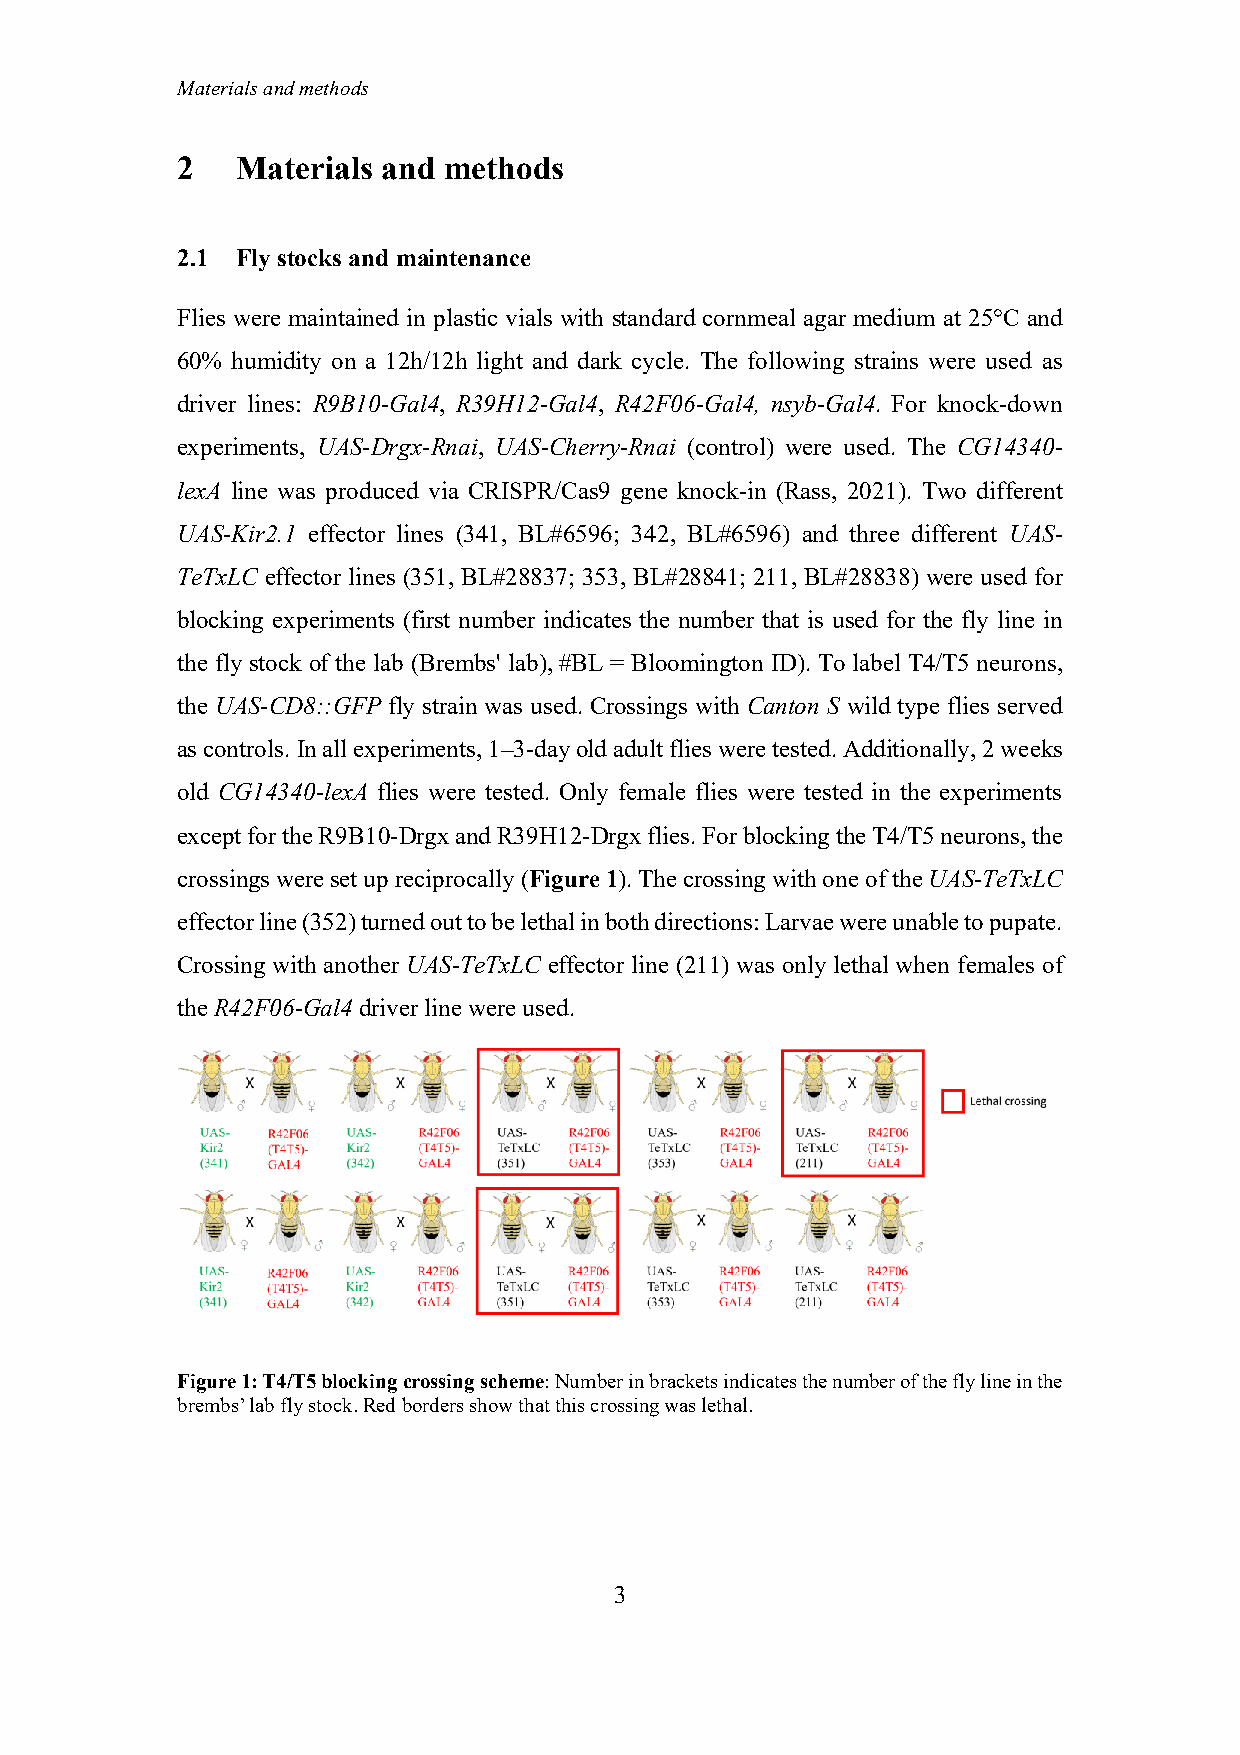
Materials and methods
 2   Materials and methods
 2.1 Fly stocks and maintenance
 Flies were maintained in plastic vials with standard cornmeal agar medium at 25°C and
 60% humidity on a 12h/12h light and dark cycle. The following strains were used as
 driver lines: R9B10-Gal4, R39H12-Gal4, R42F06-Gal4, nsyb-Gal4. For knock-down
 experiments, UAS-Drgx-Rnai, UAS-Cherry-Rnai (control) were used. The CG14340-
 lexA line was produced via CRISPR/Cas9 gene knock-in (Rass, 2021). Two different
 UAS-Kir2.1 effector lines (341, BL#6596; 342, BL#6596) and three different UAS-
 TeTxLC effector lines (351, BL#28837; 353, BL#28841; 211, BL#28838) were used for
 blocking experiments (first number indicates the number that is used for the fly line in
 the fly stock of the lab (Brembs' lab), #BL = Bloomington ID). To label T4/T5 neurons,
 the UAS-CD8::GFP fly strain was used. Crossings with Canton S wild type flies served
 as controls. In all experiments, 1–3-day old adult flies were tested. Additionally, 2 weeks
 old CG14340-lexA flies were tested. Only female flies were tested in the experiments
 except for the R9B10-Drgx and R39H12-Drgx flies. For blocking the T4/T5 neurons, the
 crossings were set up reciprocally (Figure 1). The crossing with one of the UAS-TeTxLC
 effector line (352) turned out to be lethal in both directions: Larvae were unable to pupate.
 Crossing with another UAS-TeTxLC effector line (211) was only lethal when females of
 the R42F06-Gal4 driver line were used.
 Figure 1: T4/T5 blocking crossing scheme: Number in brackets indicates the number of the fly line in the
 brembs’ lab fly stock. Red borders show that this crossing was lethal.
 3